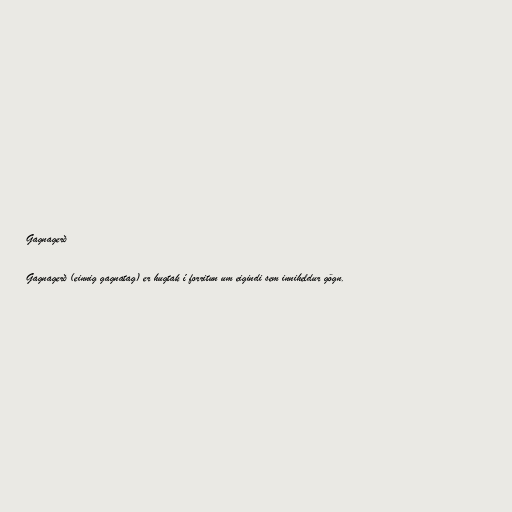
Gagnagerð

Gagnagerð (einnig gagnatag) er hugtak í forritun um eigindi sem inniheldur gögn.